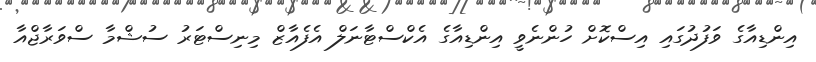
އިންޑިއާގެ ވަފުދުގައި އިސްކޮށް ހުންނެވީ އިންޑިއާގެ އެކްސްޓާނަލް އެފެއާޒް މިނިސްޓަރު ސުޝްމާ ސްވަރާޖްއާ